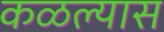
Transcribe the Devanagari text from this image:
कळल्यास